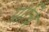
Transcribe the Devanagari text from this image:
प्राचि